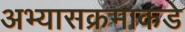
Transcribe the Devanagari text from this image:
अभ्यासक्रमाकडे